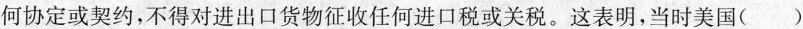
何协定或契约，不得对进出口货物征收任何进口税或关税。这表明，当时美国( )